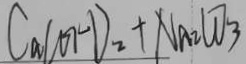
C a ( O H ) _ { 2 } + N a _ { 2 } C O _ { 3 }